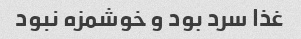
غذا سرد بود و خوشمزه نبود